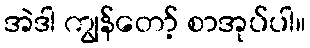
အဲဒါ ကျွန်တော့် စာအုပ်ပါ။